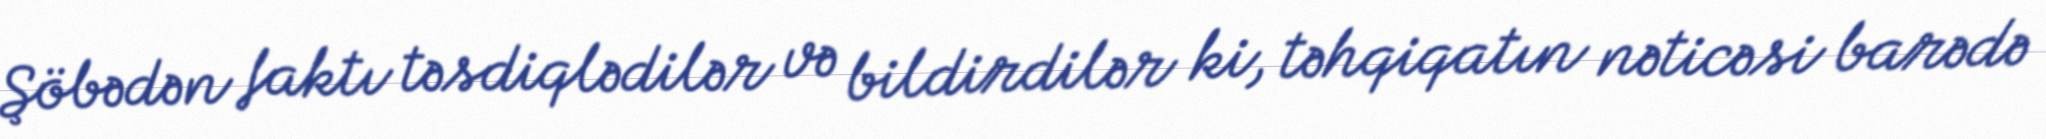
Şöbədən faktı təsdiqlədilər və bildirdilər ki, təhqiqatın nəticəsi barədə